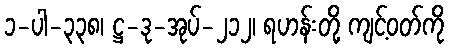
၁-ပါ-၃၃၈၊ ဋ္ဌ-ဒု-အုပ်-၂၁၂၊ ရဟန်းတို့ ကျင့်ဝတ်ကို